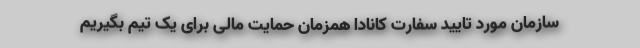
سازمان مورد تایید سفارت کانادا همزمان حمایت مالی برای یک تیم بگیریم